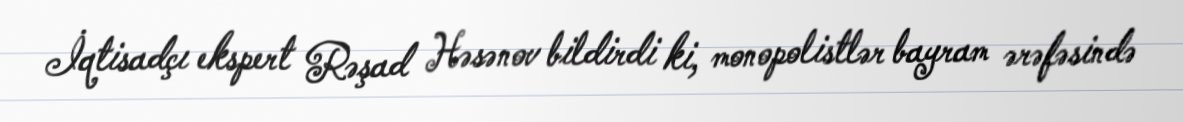
İqtisadçı ekspert Rəşad Həsənov bildirdi ki, monopolistlər bayram ərəfəsində